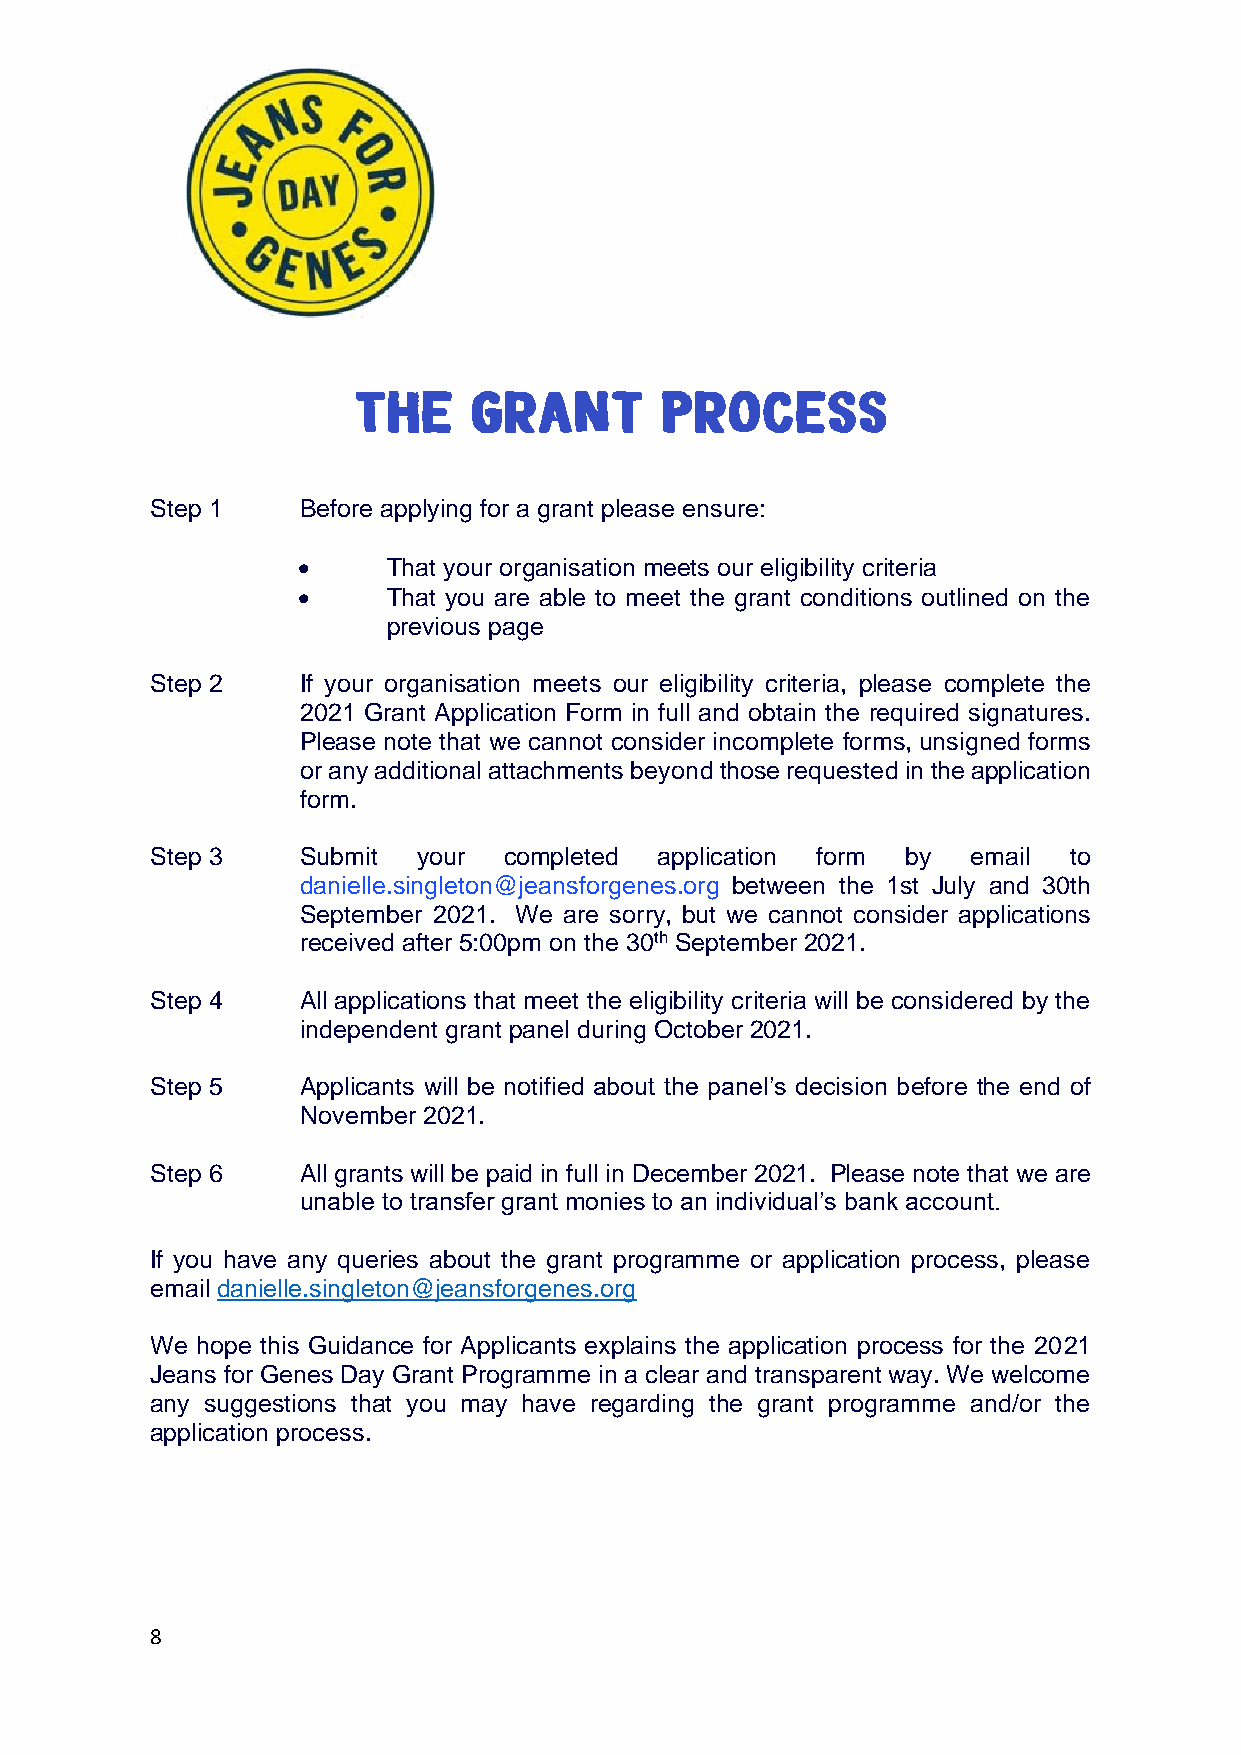
Step 1    Before applying for a grant please ensure:
 •     That your organisation meets our eligibility criteria
 •     That you are able to meet the grant conditions outlined on the
 previous page
 Step 2    If your organisation meets our eligibility criteria, please complete the
 2021 Grant Application Form in full and obtain the required signatures.
 Please note that we cannot consider incomplete forms, unsigned forms
 or any additional attachments beyond those requested in the application
 form.
 Step 3    Submit  your completed  application form by email  to
 danielle.singleton@jeansforgenes.org between the 1st July and 30th
 September 2021. We are sorry, but we cannot consider applications
 received after 5:00pm on the 30th September 2021.
 Step 4    All applications that meet the eligibility criteria will be considered by the
 independent grant panel during October 2021.
 Step 5    Applicants will be notified about the panel’s decision before the end of
 November 2021.
 Step 6    All grants will be paid in full in December 2021. Please note that we are
 unable to transfer grant monies to an individual’s bank account.
 If you have any queries about the grant programme or application process, please
 email danielle.singleton@jeansforgenes.org
 We hope this Guidance for Applicants explains the application process for the 2021
 Jeans for Genes Day Grant Programme in a clear and transparent way. We welcome
 any suggestions that you may have regarding the grant programme and/or the
 application process.
 8